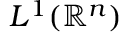
L ^ { 1 } ( \mathbb { R } ^ { n } )